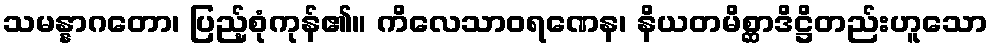
သမန္နာဂတော၊ ပြည့်စုံကုန်၏။ ကိလေသာဝရဏေန၊ နိယတမိစ္ဆာဒိဋ္ဌိတည်းဟူသော